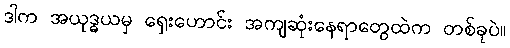
ဒါက အယုဒ္ဓယမှ ရှေးဟောင်း အကျဆုံးနေရာတွေထဲက တစ်ခုပဲ။